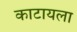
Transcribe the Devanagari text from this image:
काटायला